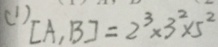
( 1 ) [ A , B ] = 2 ^ { 2 } \times 3 ^ { 2 } \times 5 ^ { 2 }